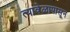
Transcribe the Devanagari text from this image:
त्यावेळापासून